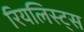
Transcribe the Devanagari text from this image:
रियलिस्ट्स